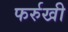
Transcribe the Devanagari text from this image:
फर्रुखी